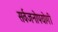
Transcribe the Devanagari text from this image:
सर्वजनाेपयाेगी